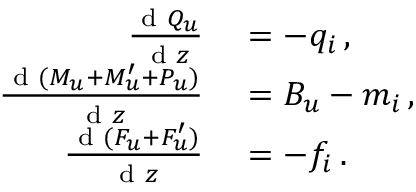
\begin{array} { r l } { \frac { \textnormal { d } Q _ { u } } { \textnormal { d } z } } & { { } = - q _ { i } \, , } \\ { \frac { \textnormal { d } ( M _ { u } + M _ { u } ^ { \prime } + P _ { u } ) } { \textnormal { d } z } } & { { } = B _ { u } - m _ { i } \, , } \\ { \frac { \textnormal { d } ( F _ { u } + F _ { u } ^ { \prime } ) } { \textnormal { d } z } } & { { } = - f _ { i } \, . } \end{array}